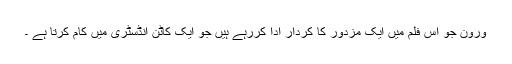
ورون جو اس فلم میں ایک مزدور کا کردار ادا کررہے ہیں جو ایک کاٹن انڈسٹری میں کام کرتا ہے ۔